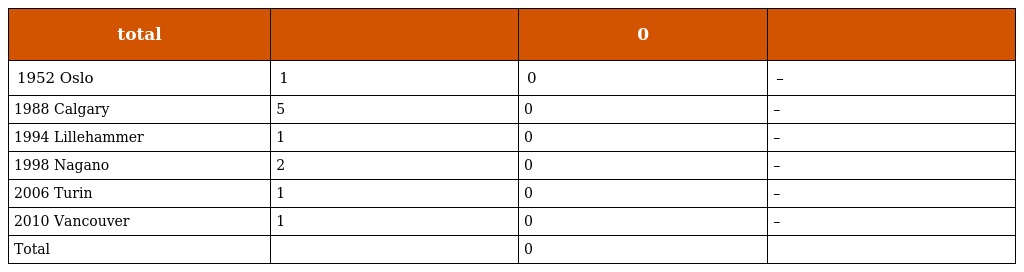
| total |  | 0 |  |
 | --- | --- | --- | --- |
 | 1952 Oslo | 1 | 0 | – |
 | 1988 Calgary | 5 | 0 | – |
 | 1994 Lillehammer | 1 | 0 | – |
 | 1998 Nagano | 2 | 0 | – |
 | 2006 Turin | 1 | 0 | – |
 | 2010 Vancouver | 1 | 0 | – |
 | Total |  | 0 |  |